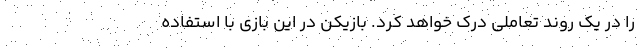
را در یک روند تعاملی درک خواهد کرد. بازیکن در این بازی با استفاده